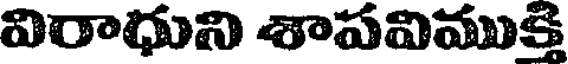
విరాధుని శాపవిముక్తి